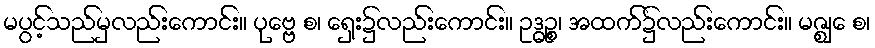
မပွင့်သည်မှလည်းကောင်း။ ပုဗ္ဗေ စ၊ ရှေး၌လည်းကောင်း။ ဥဒ္ဓဉ္စ၊ အထက်၌လည်းကောင်း။ မဇ္ဈေ စ၊